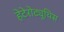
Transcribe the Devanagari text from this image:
हेटेरोट्यूथिस